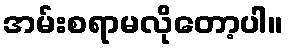
အမ်းစရာမလိုတော့ပါ။